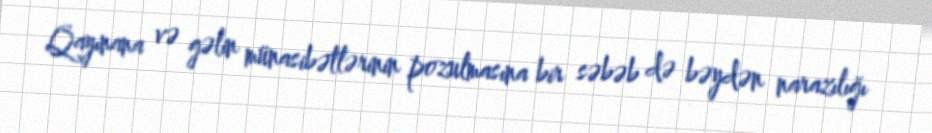
Qayınana və gəlin münasibətlərinin pozulmasına bir səbəb də bəydən narazılığı